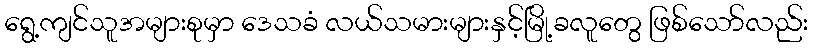
ရွေ့ကျင်သူအများစုမှာ ဒေသခံ လယ်သမားများနှင့်မြို့ခလူတွေ ဖြစ်သော်လည်း